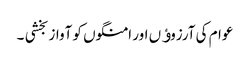
عوام کی آرزوﺅں اور امنگوں کو آواز بخشی ۔